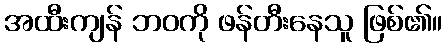
အထီးကျန် ဘဝကို ဖန်တီးနေသူ ဖြစ်၏။